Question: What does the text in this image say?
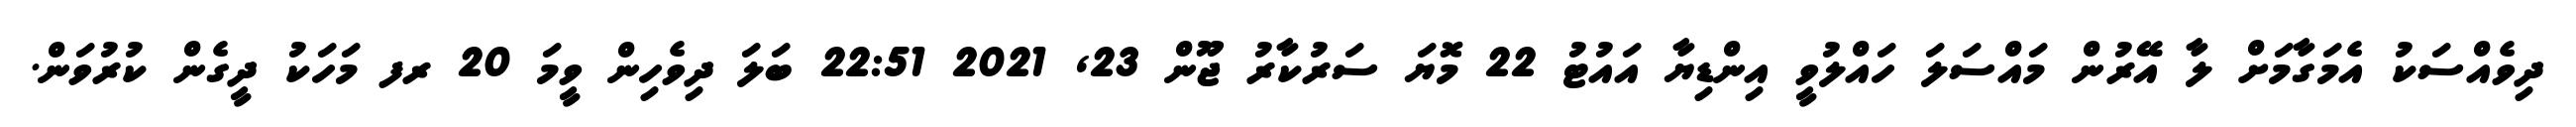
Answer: ދިވެއްސަކު އެމަގާމަށް ލާ އޭރުން މައްސަލަ ހައްލުވީ އިންޑިޔާ އައުޓު 22 މޮޔަ ސަރުކާރު ޖޫން 23, 2021 22:51 ބަލަ ދިވެހިން ވީމަ 20 ރފ މަހަކު ދީގެން ކުރުވަން.